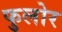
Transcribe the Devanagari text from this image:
फुलोर